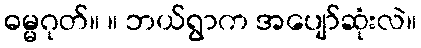
ဓမ္မဂုတ်။ ။ ဘယ်ရွာက အပျော်ဆုံးလဲ။